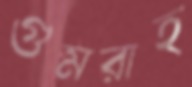
গুমরাহ